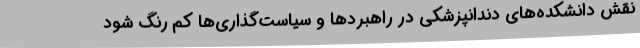
نقش دانشکده‌های دندانپزشکی در راهبردها و سیاست‌گذاری‌ها کم رنگ شود